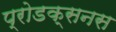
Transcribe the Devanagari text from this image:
प्रोडक्सनस